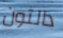
دالتون